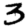
Digit: 3